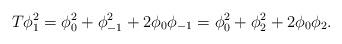
LaTeX: \begin{align*}T \phi_1^2 = \phi_0^2+\phi_{-1}^2 + 2 \phi_0 \phi_{-1} = \phi_0^2 +\phi_2^2+2 \phi_0 \phi_2.\end{align*}